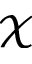
\mathcal { X }